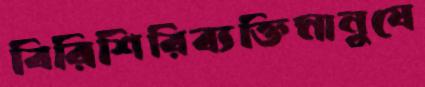
বিরিশিরিব্যক্তিমানুষে